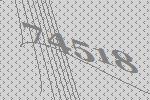
74518